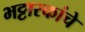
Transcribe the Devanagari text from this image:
भट्टारकांचे